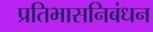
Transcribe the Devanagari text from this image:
प्रतिभासनिबंधन